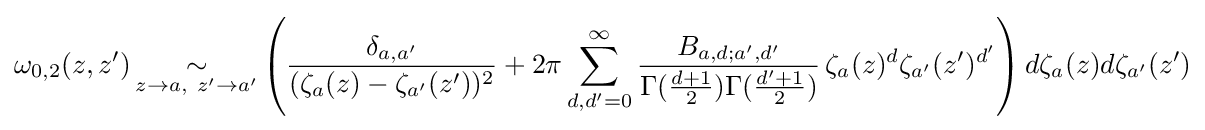
\omega _{0,2}(z,z')\mathop {\sim } _{z\to a,\ z'\to a'}\left({\frac {\delta _{a,a'}}{(\zeta _{a}(z)-\zeta _{a'}(z'))^{2}}}+2\pi \sum _{d,d'=0}^{\infty }{\frac {B_{a,d;a',d'}}{\Gamma ({\frac {d+1}{2}})\Gamma ({\frac {d'+1}{2}})}}\,\zeta _{a}(z)^{d}\zeta _{a'}(z')^{d'}\right)d\zeta _{a}(z)d\zeta _{a'}(z')